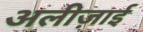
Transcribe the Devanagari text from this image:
अलीज़ाई